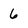
Character: 6